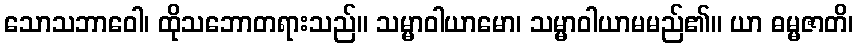
သောသဘာဝေါ၊ ထိုသဘောတရားသည်။ သမ္မာဝါယာမော၊ သမ္မာဝါယာမမည်၏။ ယာ ဓမ္မဇာတိ၊